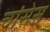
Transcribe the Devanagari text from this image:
चांसेस